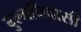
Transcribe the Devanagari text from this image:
बुल्मनिवासी